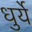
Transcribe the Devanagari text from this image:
धुर्ये